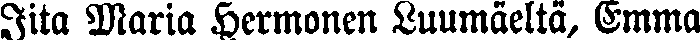
Iita Maria Hermonen Luumäeltä, Emma